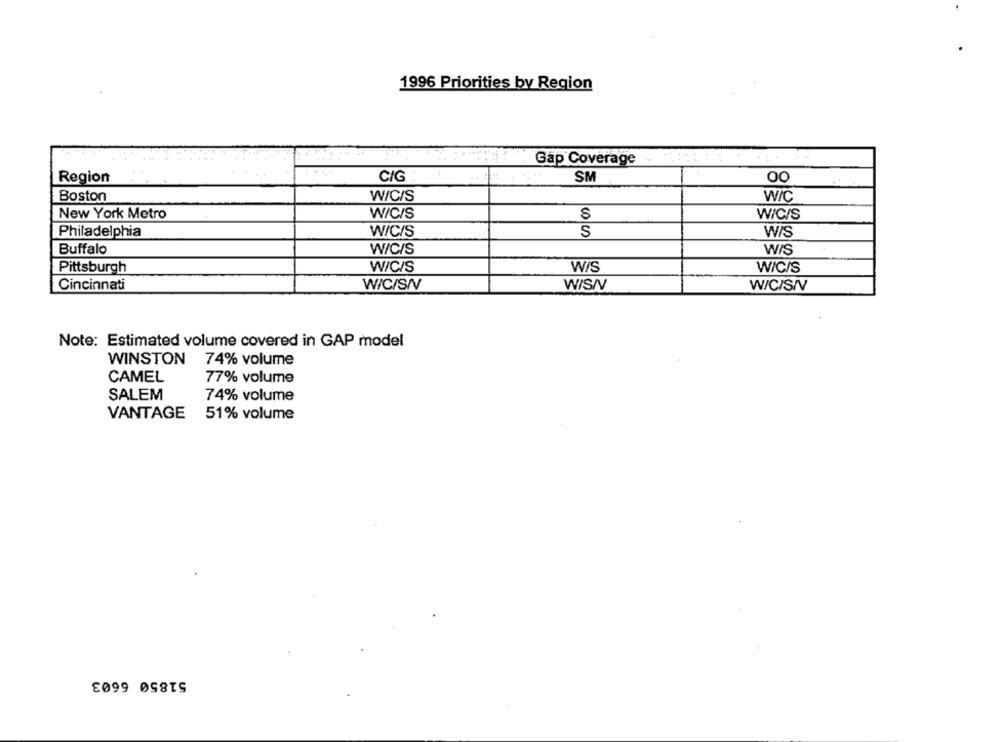
1996 Priorities by Region
Gap Coverage
Region
C/G
SM
00
Boston
W/C/S
W/C
New York Metro
W/C/S
W/C/S
Philadelphia
W/C/S
S
W/S
Buffalo
W/C/S
WIS
W/S
Pittsburgh
W/C/S
W/C/S
Cincinnati
W/C/SIV
WISNV
W/C/S/V
Note: Estimated volume covered in GAP model
WINSTON
74% volume
CAMEL
77% volume
SALEM
74% volume
VANTAGE
51% volume
51850 6603